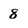
Character: 8